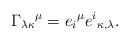
LaTeX: \begin{align*}{\Gamma_{\lambda\kappa}}^{\mu} = {e_i}^\mu {e^i}_{\kappa ,\lambda}.\end{align*}